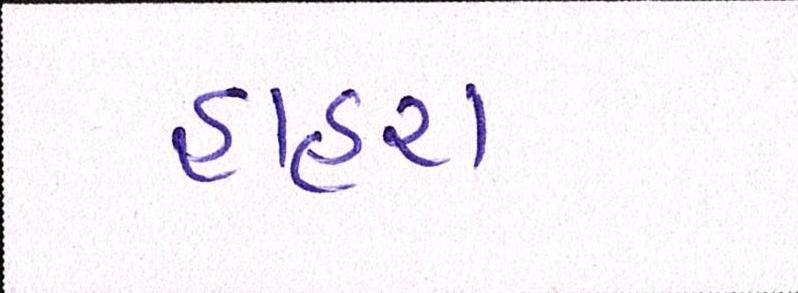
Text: હાહરા